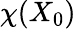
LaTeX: \chi(X_{0})